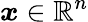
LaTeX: \boldsymbol{x}\in\mathbb{R}^{n}